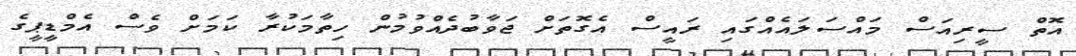
އޮތް ސީރިއަސް މައްސަލައެއްގައި ރައީސް އެގޮތަށް ޖަވާބުދެއްވުމުން ހިތާމަކުރާ ކަމަށް ވެސް އެމްޑީޕީގެ